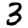
Digit: 3